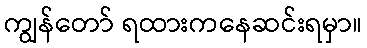
ကျွန်တော် ရထားကနေဆင်းရမှာ။